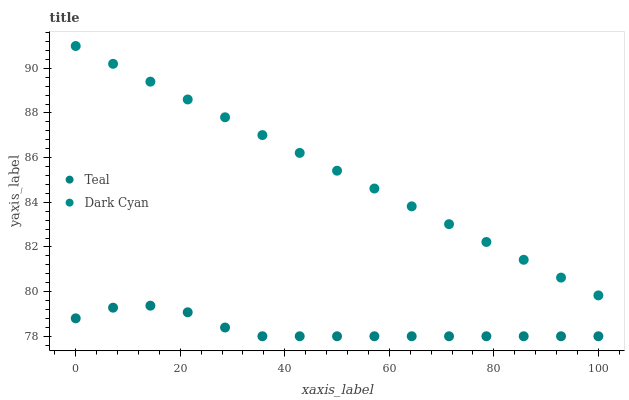
| xaxis_label | Teal | Dark Cyan |
 | --- | --- | --- |
 | 0 | 78.8 | 91 |
 | 7.14 | 79.3 | 90.2 |
 | 14.3 | 79.4 | 89.4 |
 | 21.4 | 79.1 | 88.6 |
 | 28.6 | 78.4 | 87.8 |
 | 35.7 | 78 | 87 |
 | 42.9 | 78 | 86.2 |
 | 50 | 78 | 85.4 |
 | 57.1 | 78 | 84.6 |
 | 64.3 | 78 | 83.8 |
 | 71.4 | 78 | 83 |
 | 78.6 | 78 | 82.2 |
 | 85.7 | 78 | 81.4 |
 | 92.9 | 78 | 80.6 |
 | 100 | 78 | 79.8 |